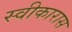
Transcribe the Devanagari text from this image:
स्वीकारास